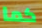
كما